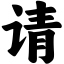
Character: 请